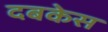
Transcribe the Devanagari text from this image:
दबकेस